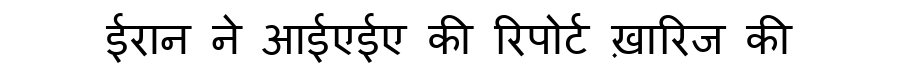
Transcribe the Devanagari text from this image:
ईरान ने आईएईए की रिपोर्ट ख़ारिज की